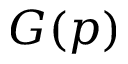
G ( p )